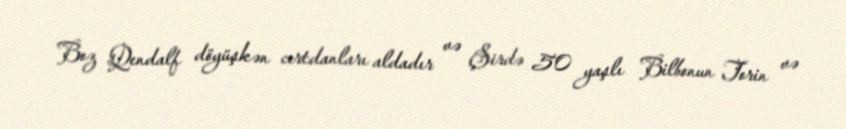
Boz Qendalf döyüşkən cırtdanları aldadır və Şirdə 50 yaşlı Bilbonun Torin və